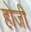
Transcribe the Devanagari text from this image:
होजी